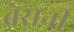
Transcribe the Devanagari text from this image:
बेसनी